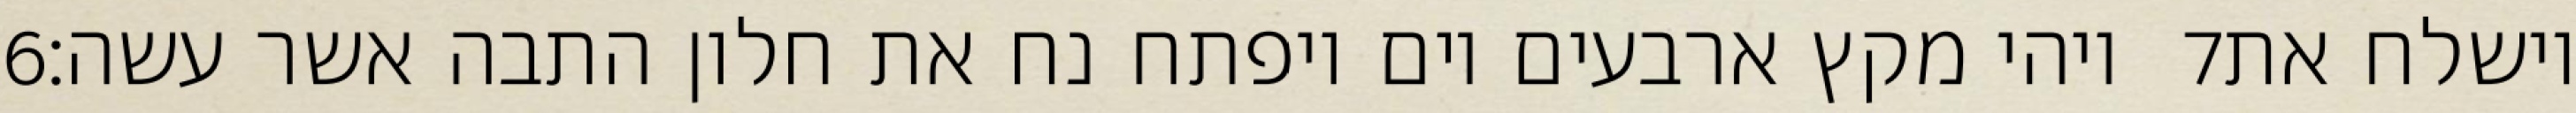
‎6‏ ויהי מקץ ארבעים יום ויפתח נח את חלון התבה אשר עשה׃ ‎7‏ וישלח את